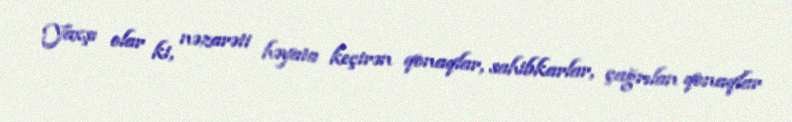
Yaxşı olar ki, nəzarəti həyata keçirən qonaqlar, sahibkarlar, çağrılan qonaqlar